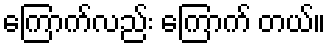
ကြောက်လည်း ကြောက် တယ်။